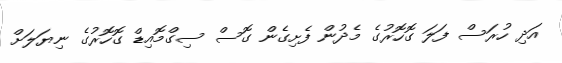
އަދި ހުރަސް ފަލަ ގޮހޮރުގެ މެދުން ފެށިގެން ގޮސް ސިގްމޮއިޑް ގޮހޮރުގެ ނިޔަލަށް